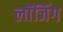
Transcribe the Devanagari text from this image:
लाॅजिंग